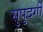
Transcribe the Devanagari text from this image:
सुपुदर्गी